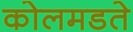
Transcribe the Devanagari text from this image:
कोलमडते